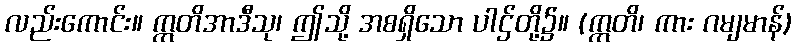
လည်းကောင်း။ ဣတိအာဒီသု၊ ဤသို့ အစရှိသော ပါဌ်တို့၌။ (ဣတိ၊ ကား ဂမျမာန်)